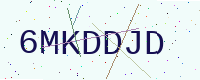
Text: 6MKDDJD